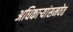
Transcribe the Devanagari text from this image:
अधिकार्‍यांसमवेत